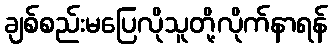
ချစ်စည်းမပြေလိုသူတို့လိုက်နာရန်